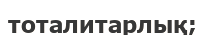
тоталитарлық;